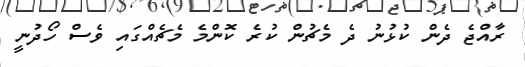
ރާއްޖެ ދެން ކުޅުނު ދެ މެޗުން ކުރެ ކޮންމެ މެޗެއްގައި ވެސް ހޯދުނީ